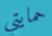
حمايتي